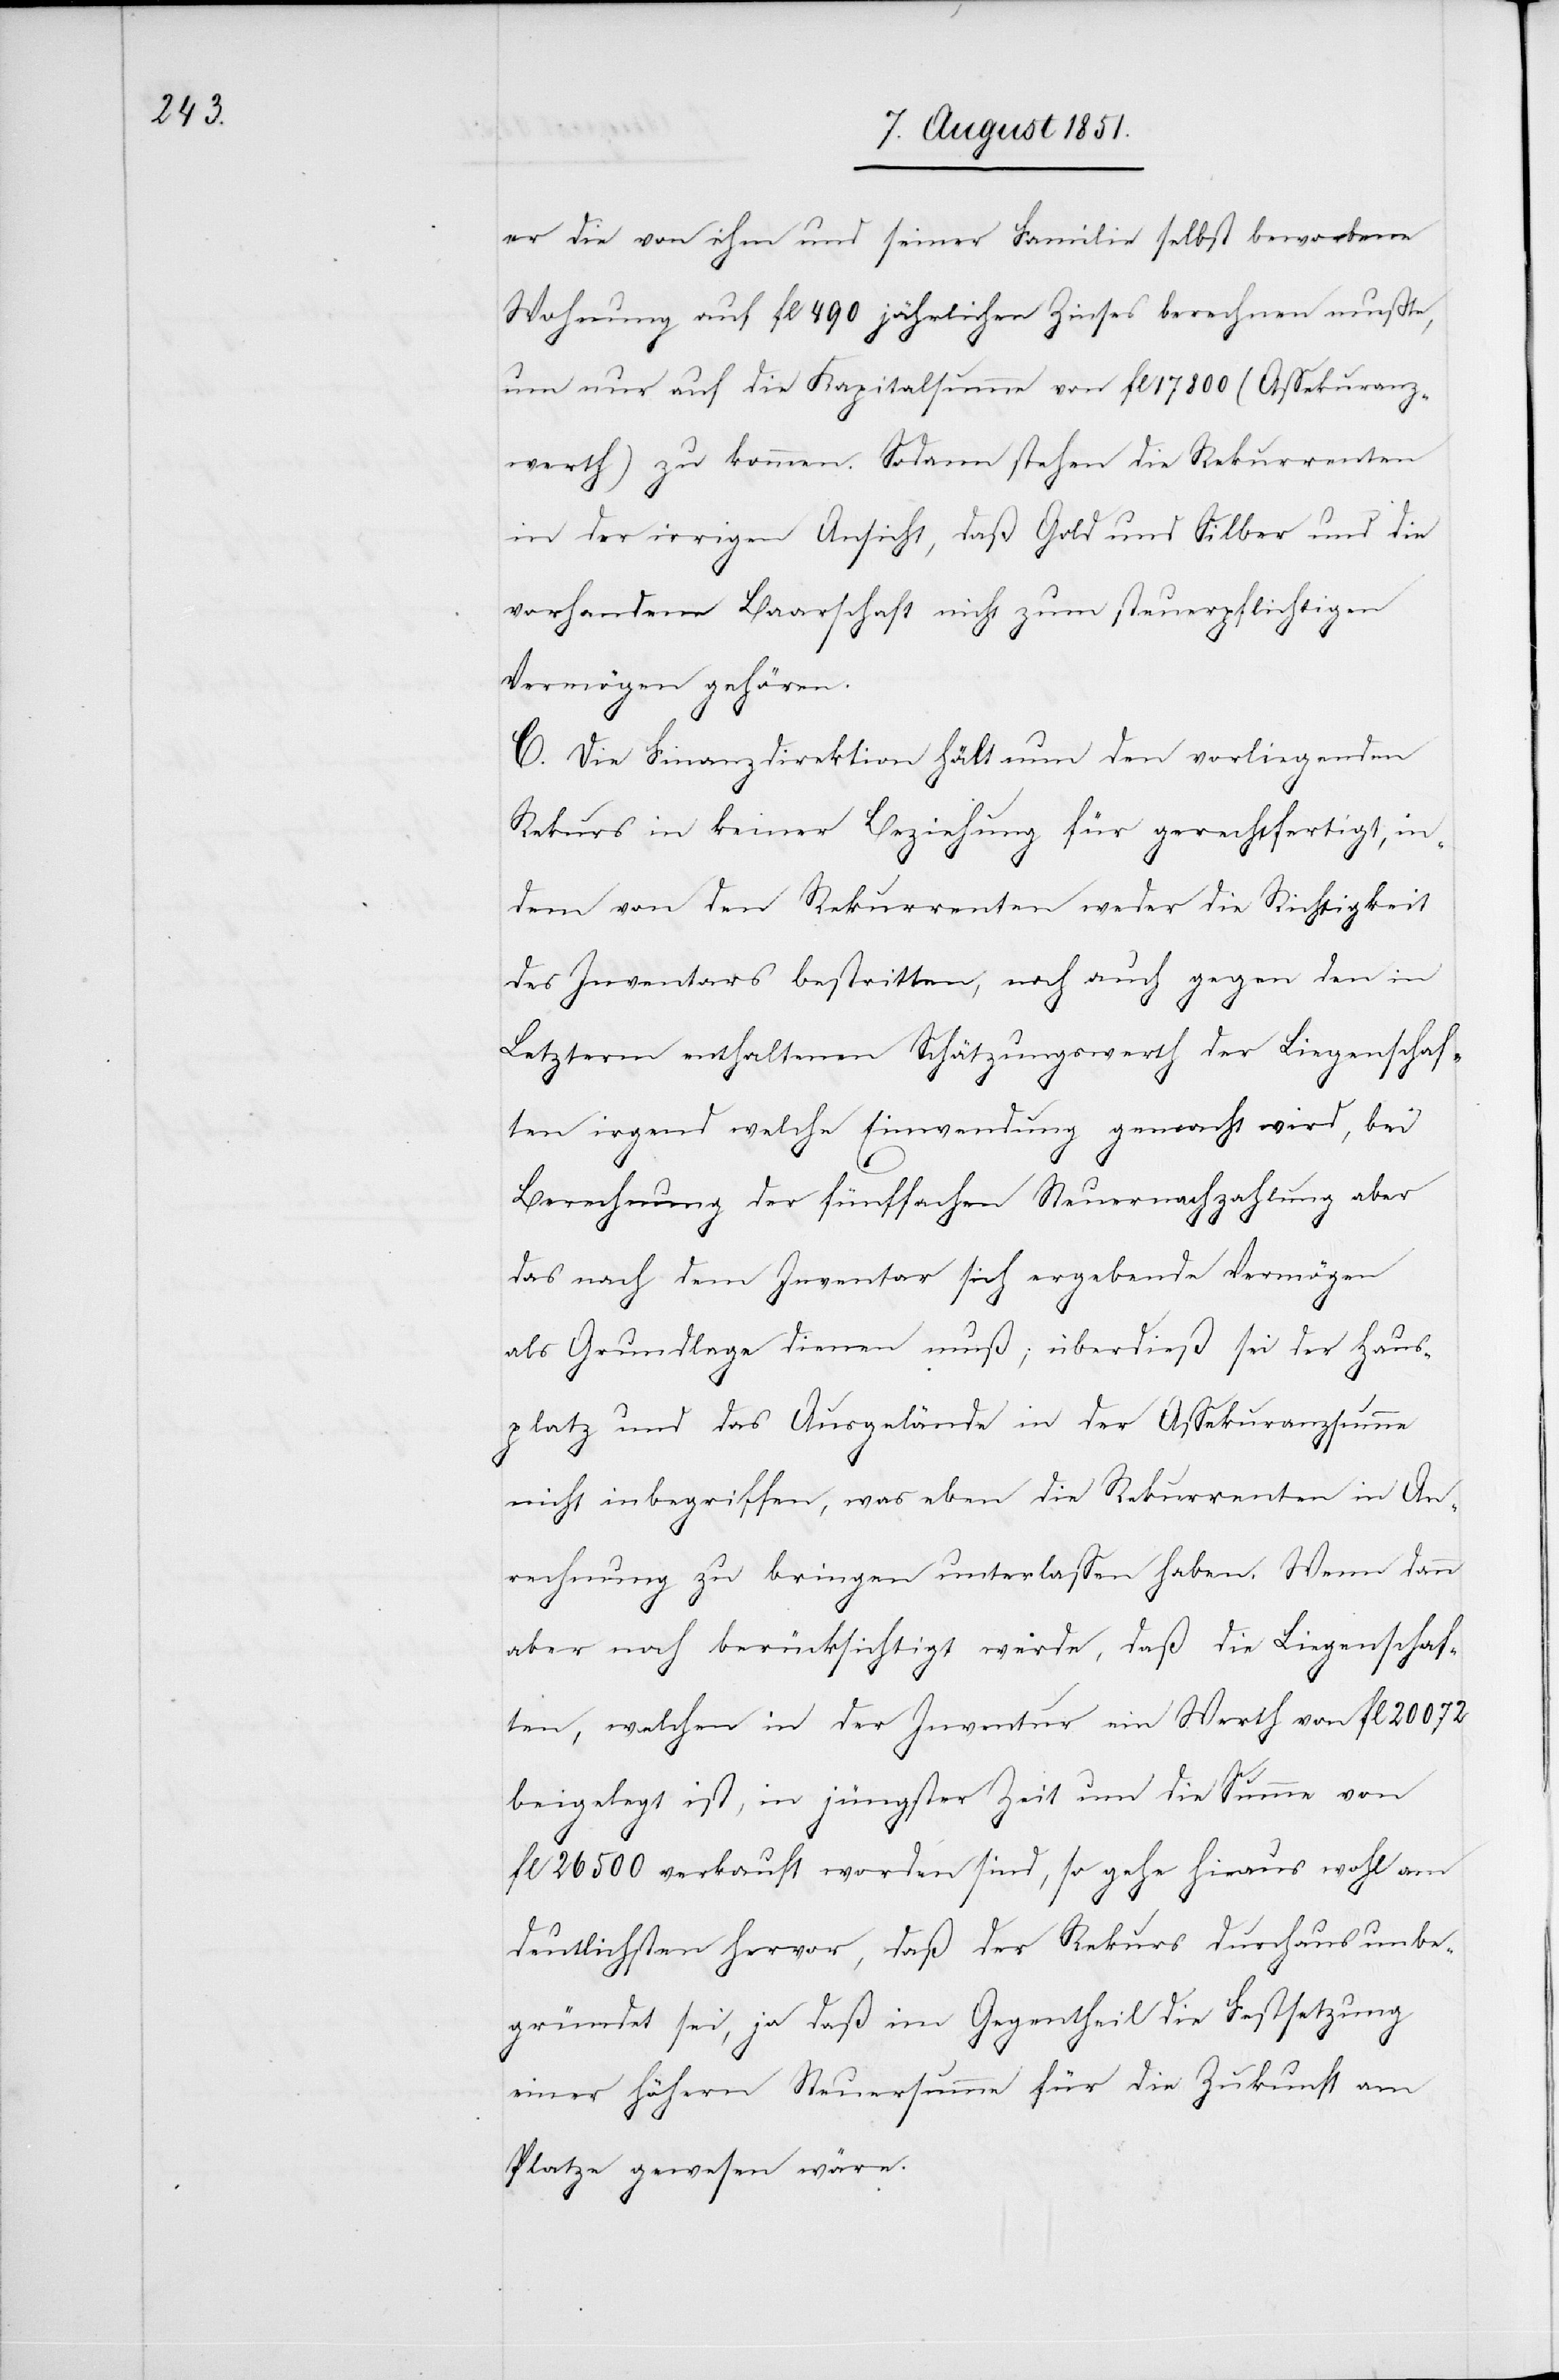
er die von ihm und seiner Familie selbst beworbene
Wohnung auf fl 490 jährlichen Zinses berechnen mußte,
um nur auf die Kapitalsumme von fl 17800 (Assekuranz¬
werth) zu kommen. Sodann stehen die Rekurrenten
in der irrigen Ansicht, daß Gold und Silber und die
vorhandene Baarschaft nicht zum steuerpflichtigen
Vermögen gehören.
C. Die Finanzdirektion hält nun den vorliegenden
Rekurs in keiner Beziehung für gerechtfertigt, in¬
dem von den Rekurrenten weder die Richtigkeit
des Inventars bestritten, noch auch gegen den in
Letzterm enthaltenen Schätzungswerth der Liegenschaf¬
ten irgend welche Einwendung gemacht wird, bei
Berechnung der fünffachen Steuernachzahlung aber
das nach dem Inventar sich ergebende Vermögen
als Grundlage dienen muß; überdieß sei der Haus¬
platz und das Ausgelände in der Assekuranzsumme
nicht inbegriffen, was eben die Rekurrenten in An¬
rechnung zu bringen unterlassen haben. Wenn dann
aber noch berücksichtigt würde, daß die Liegenschaf¬
ten, welchen in der Inventur ein Werth von fl 20072
beigelegt ist, in jüngster Zeit um die Summe von
fl 26500 verkauft worden sind, so gehe hie[r]aus wohl am
deutlichsten hervor, daß der Rekurs durchaus unbe¬
gründet sei, ja daß im Gegentheil die Festsetzung
einer höhern Steuersumme für die Zukunft am
Platze gewesen wäre.